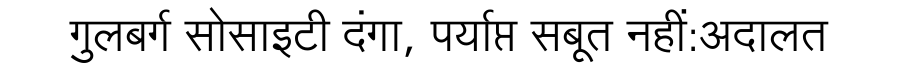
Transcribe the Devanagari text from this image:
गुलबर्ग सोसाइटी दंगा, पर्याप्त सबूत नहीं:अदालत